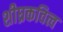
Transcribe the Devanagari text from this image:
शीघ्रकवित्व